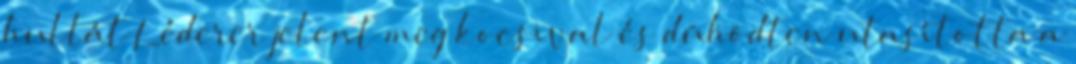
hullát Léderer jelent meg kocsival és dühödten utasította a